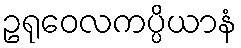
ဥရုဝေလကပ္ပိယာနံ